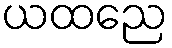
ယထညေ